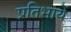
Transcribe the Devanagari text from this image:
प्रतिभायें